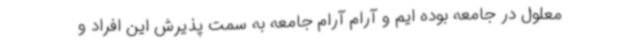
معلول در جامعه بوده ایم و آرام آرام جامعه به سمت پذیرش این افراد و